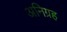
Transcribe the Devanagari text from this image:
अनिग्रह